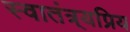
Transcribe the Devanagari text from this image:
स्वातंत्र्यप्रिय